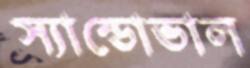
স্যান্ডোভাল